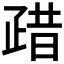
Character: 𱱈